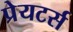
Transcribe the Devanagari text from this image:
प्रेयटर्स